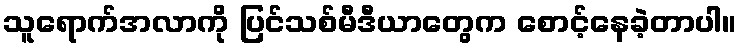
သူရောက်အလာကို ပြင်သစ်မီဒီယာတွေက စောင့်နေခဲ့တာပါ။